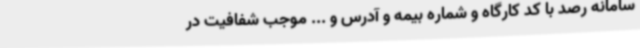
سامانه رصد با کد کارگاه و شماره بیمه و آدرس و ... موجب شفافیت در